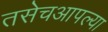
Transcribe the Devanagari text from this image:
तसेचआपल्या